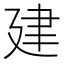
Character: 建